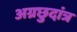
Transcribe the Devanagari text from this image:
अग्रछुदांत्र